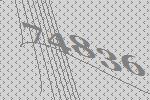
74836